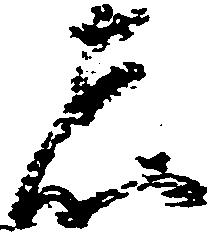
者